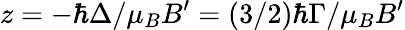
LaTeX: z=-\hbar\Delta/\mu_{B}B^{\prime}=(3/2)\hbar\Gamma/\mu_{B}B^{\prime}